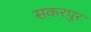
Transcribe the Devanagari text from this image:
सकरपुर